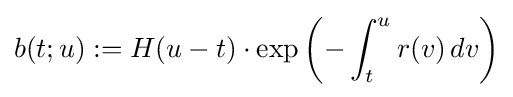
b(t;u):=H(u-t)\cdot \exp \left(-\int _{t}^{u}r(v)\,dv\right)